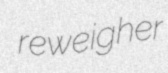
reweigher